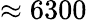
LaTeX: \approx 6300